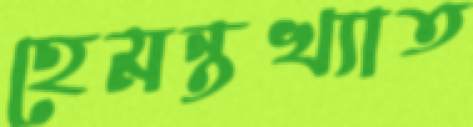
হেমন্তখ্যাত